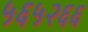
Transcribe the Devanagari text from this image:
५६५२६६